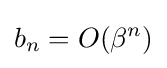
b_{n}=O(\beta ^{n})